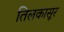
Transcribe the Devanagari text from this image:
तिलकासूर